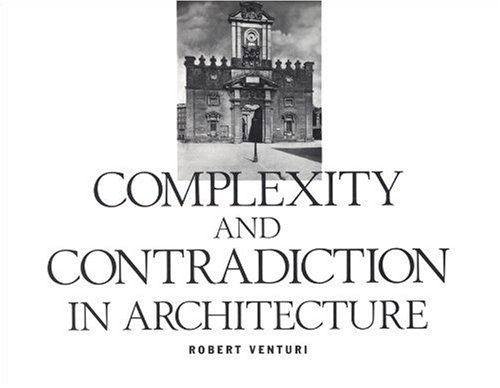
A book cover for Complexity and Contradiction in Architecture; Robert Venturi; Arts & Photography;